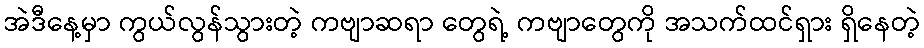
အဲဒီနေ့မှာ ကွယ်လွန်သွားတဲ့ ကဗျာဆရာ တွေရဲ့ ကဗျာတွေကို အသက်ထင်ရှား ရှိနေတဲ့